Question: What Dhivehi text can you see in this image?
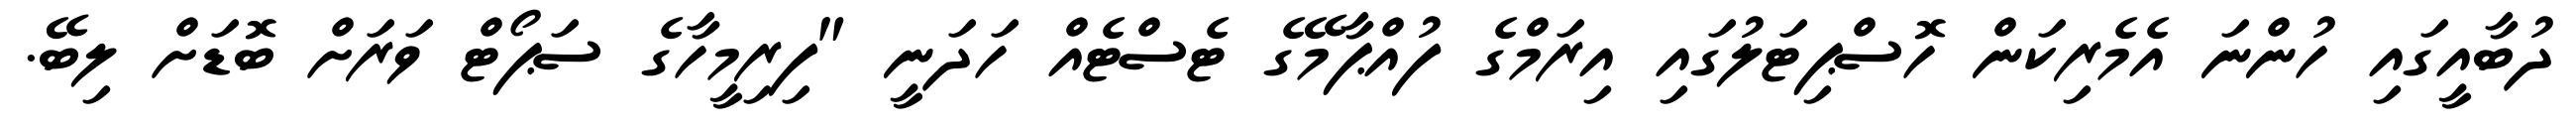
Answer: ދުބާއީގައި ހުންނަ އެމެރިކަން ހޮސްޕިޓަލުގައި އިރަމްގެ ފުއްޕާމޭގެ ޓެސްޓެއް ހަދަނީ "ފިރިމީހާގެ ސަޕޯޓް ވަރަށް ބޮޑަށް ލިބޭ.